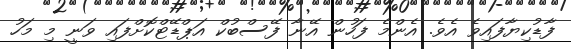
ފާޑުކިޔާފައިވެ އެވެ. އެންމެ ފަހުން އޭނާ ފޭސްބުކް އަޕްޑޭޓްކޮށްފައި ވަނީ މި މަހު